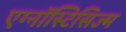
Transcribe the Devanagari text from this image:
एग्नॉस्टिसिज्म